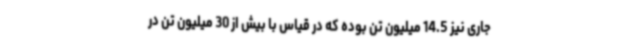
جاری نیز 14.5 میلیون تن بوده که در قیاس با بیش از 30 میلیون تن در